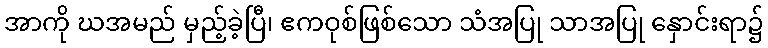
အာကို ဃအမည် မှည့်ခဲ့ပြီ၊ ဧကဝုစ်ဖြစ်သော သံအပြု သာအပြု နှောင်းရာ၌